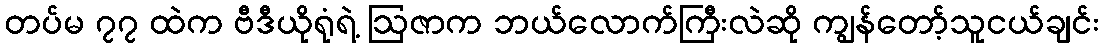
တပ်မ ၇၇ ထဲက ဗီဒီယိုရုံရဲ့ ဩဇာက ဘယ်လောက်ကြီးလဲဆို ကျွန်တော့်သူငယ်ချင်း